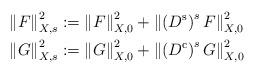
LaTeX: \begin{align*}\left\lVert F \right\rVert_{X,s}^2 &:= \left\lVert F\right\rVert^2_{X,0} + \left\lVert\left(D^{\mathrm{s}}\right)^s F\right\rVert^2_{X,0} \\\left\lVert G \right\rVert_{X,s}^2 &:= \left\lVert G\right\rVert^2_{X,0} + \left\lVert\left(D^{\mathrm{c}}\right)^s G\right\rVert^2_{X,0}\end{align*}